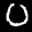
Label: 0